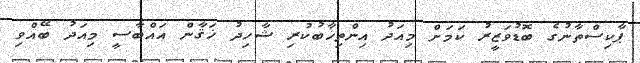
ޕާކިސްތާނުގެ ބޮޑުވަޒީރު ކަމަށް މިއަދު އިންތިޚާބުކުރި ޝާހިދު ޚަޤާން އައްބާސީ މިއަދު ބޭއްވި